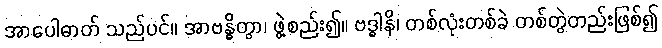
အာပေါဓာတ် သည်ပင်။ အာဗန္ဓိတွာ၊ ဖွဲ့စည်း၍။ ဗဒ္ဓါနိ၊ တစ်လုံးတစ်ခဲ တစ်တွဲတည်းဖြစ်၍